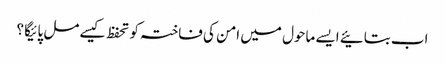
اب بتائیے ایسے ماحول میں امن کی فاختہ کو تحفظ کیسے مل پائیگا ؟